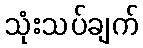
သုံးသပ်ချက်